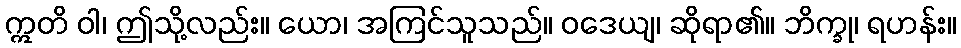
ဣတိ ဝါ၊ ဤသို့လည်း။ ယော၊ အကြင်သူသည်။ ဝဒေယျ၊ ဆိုရာ၏။ ဘိက္ခု၊ ရဟန်း။